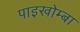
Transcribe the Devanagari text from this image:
पाइखोम्बा